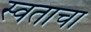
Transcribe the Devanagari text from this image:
स्वताचा